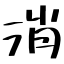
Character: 消